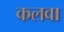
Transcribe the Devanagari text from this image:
कलवा